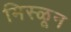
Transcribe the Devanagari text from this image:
मिस्ळून